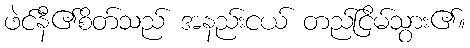
ဖဲင်နီ၏စိတ်သည် အနည်းငယ် တည်ငြိမ်သွား၏။